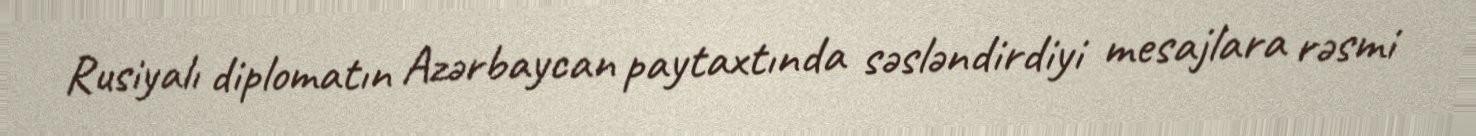
Rusiyalı diplomatın Azərbaycan paytaxtında səsləndirdiyi mesajlara rəsmi